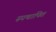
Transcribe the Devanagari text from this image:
स्पथापित